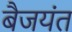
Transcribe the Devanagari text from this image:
बैजयंत